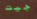
جيت